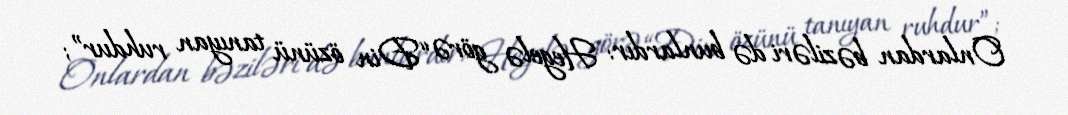
Onlardan bəziləri də bunlardır: Hegelə görə “Din özünü tanıyan ruhdur”;